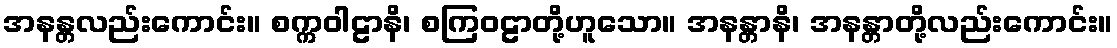
အနန္တလည်းကောင်း။ စက္ကဝါဠာနိ၊ စကြဝဠာတို့ဟူသော။ အနန္တာနိ၊ အနန္တာတို့လည်းကောင်း။